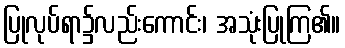
ပြုလုပ်ရာ၌လည်းကောင်း၊ အသုံးပြုကြ၏။